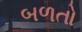
બળતો